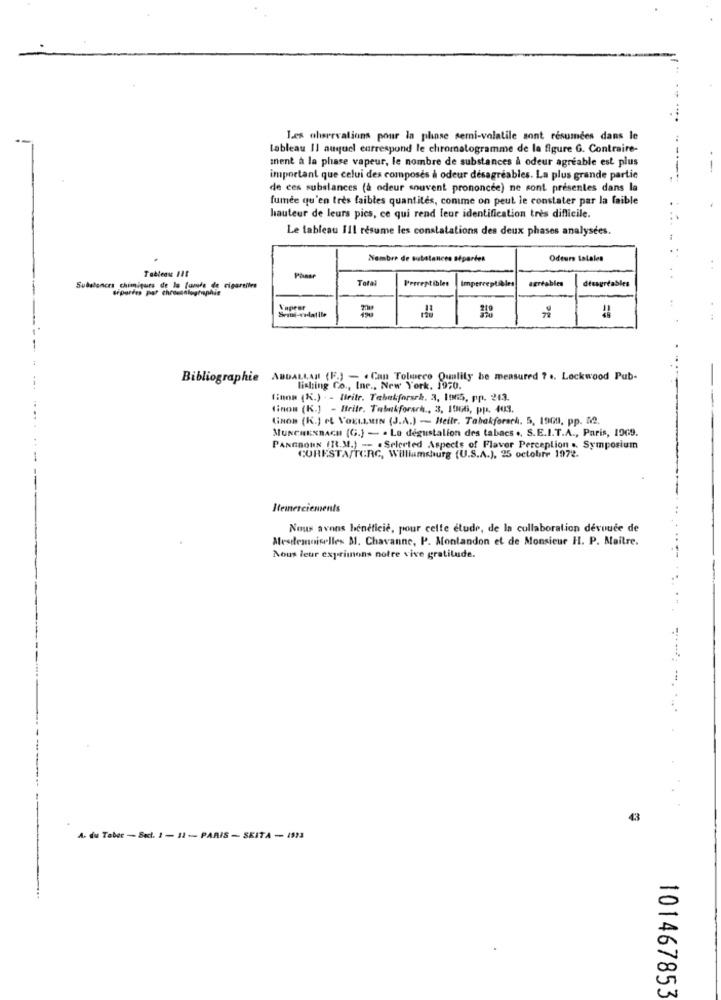
Les observations pour la phose semi-volatile sont resumees dans le
tableau Il auquel eurrespond le chromalogramme de la figure G. Contraire-
ment à la phase vapeur, le nombre de substances à odeur agréable est plus
important que celui des composés à odeur désagréables. La plus grande partie
de ces substances (à odeur souvent prononcee) ne sont présentes dans la
fumée qu'en très faibles quantités, conme on peut le constater par la faible
hauteur de leurs pies, ce qui rend leur identification très difficile.
Le tableau Ill résume les constatations des deux phases analysées.
Nombre de substances séparées
Odeurs Lalales
Tableau 111
Total
agréables
Substances chimiques de la furore de cigarettes
Perceptibles
Imperceptibles
désagréables
de
Vaprer
Bibliographie ABDALLAH (F.) - . Can Tolmeco Quality be measured ? .. Lockwood Pub-
fishing Co ., Inc ., New York. 1970.
finns (K.) - - Iteitr. Tebekforseh. 3, 1965, pp. 243.
finom (K.] - Britr. Tabakforach ., 3, 1966, pp. 403.
tinos (K.) et VOELLEIN (J.A.) - Heile. Tabakforsch. 5. 1901, pp. 12.
MUNCHENBACH (G.) - . Le dégustation des tabacs ., S.E.I.T.A ., Paris, 1969.
PANGBORN (Tt.M.) -- . Selected Aspects of Flavor Perception .. Symposium
CURESTA/TCRC, Williamsburg (U.S.
" (U.S.A.), 25 octobre 1972.
Remerciements
Nous avons bénéficie, pour cette étude, de la collaboration dévouée de
Mesdemoiselles 31. Chavanne, P. Montandon et de Monsieur H. P. Maitre.
Nous leur exprimons notre vive gratitude.
43
A. du Taber - Sel. 1 - 12 - PARIS - SKITA - 1533
101467853